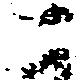
二